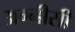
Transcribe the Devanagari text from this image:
अग्नीसी